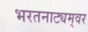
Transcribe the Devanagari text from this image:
भरतनाट्यम्‌वर